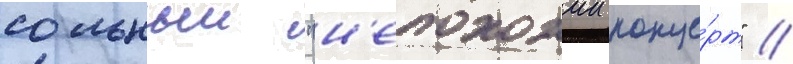
сольныи "н'епохожии конце́рт" /